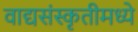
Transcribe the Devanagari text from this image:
वाद्यसंस्कृतीमध्ये